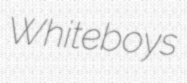
Whiteboys